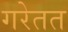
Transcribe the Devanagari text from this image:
गरेतत